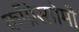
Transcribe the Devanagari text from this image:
काँग्रेसप्रेमी